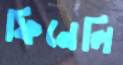
ফিনেলি